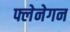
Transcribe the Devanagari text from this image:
फ्लेनेगन